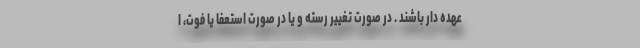
عهده دار باشند . در صورت تغییر رسته و یا در صورت استعفا یا فوت، ا